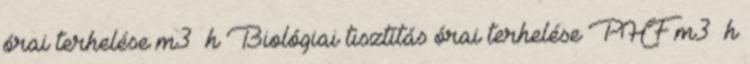
órai terhelése m3 h Biológiai tisztítás órai terhelése PHF m3 h